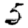
Digit: 5